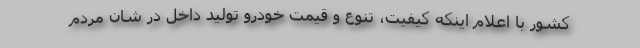
کشور با اعلام اینکه کیفیت، تنوع و قیمت خودرو تولید داخل در شان مردم